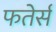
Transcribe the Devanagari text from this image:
फतेर्स